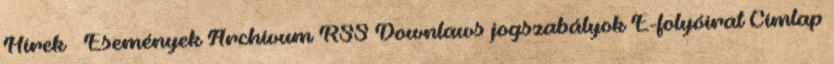
Hírek Események Archívum RSS Downlaws jogszabályok E-folyóirat Címlap